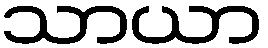
သာယာ